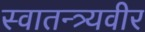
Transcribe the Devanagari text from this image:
स्वातन्त्र्यवीर